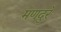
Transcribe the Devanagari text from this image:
मणदुरे